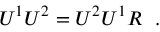
U ^ { 1 } U ^ { 2 } = U ^ { 2 } U ^ { 1 } R \ \ .